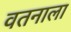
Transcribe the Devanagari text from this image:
वतनाला